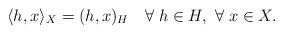
LaTeX: \begin{align*} \langle h,x\rangle_X=(h,x)_H\quad\forall\; h\in H, \ \forall\; x\in X.\end{align*}